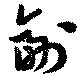
副